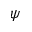
\psi